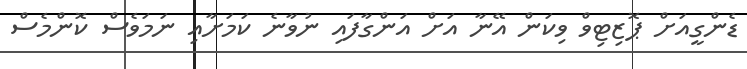
ޑެންގީއަށް ޕޮޒިޓިވް ވިކަން އޭނާ އަށް އަންގާފައި ނުވާނެ ކަމަށާއި ނަމަވެސް ކޮންމެސް